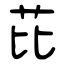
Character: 芘